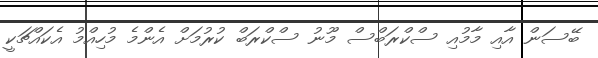
ބޭސަން އާއި މާމުއި ސްކްރަބްސް މޫނު ސްކްރަބް ކުރުމަށް އެންމެ މުހިއްމު އެކައްޗަކީ